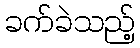
ခက်ခဲသည့်